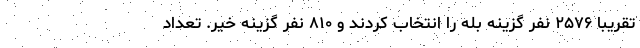
تقریبا ۲۵۷۶ نفر گزینه بله را انتخاب کردند و ۸۱۰ نفر گزینه خیر. تعداد